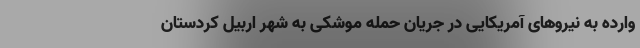
وارده به نیروهای آمریکایی در جریان حمله موشکی به شهر اربیل کردستان